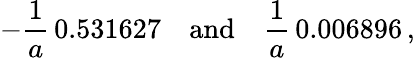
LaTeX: -\frac{1}{a}\, 0.531627\quad\mathrm{and}\quad\frac{1}{a}\, 0.006896\, {,}